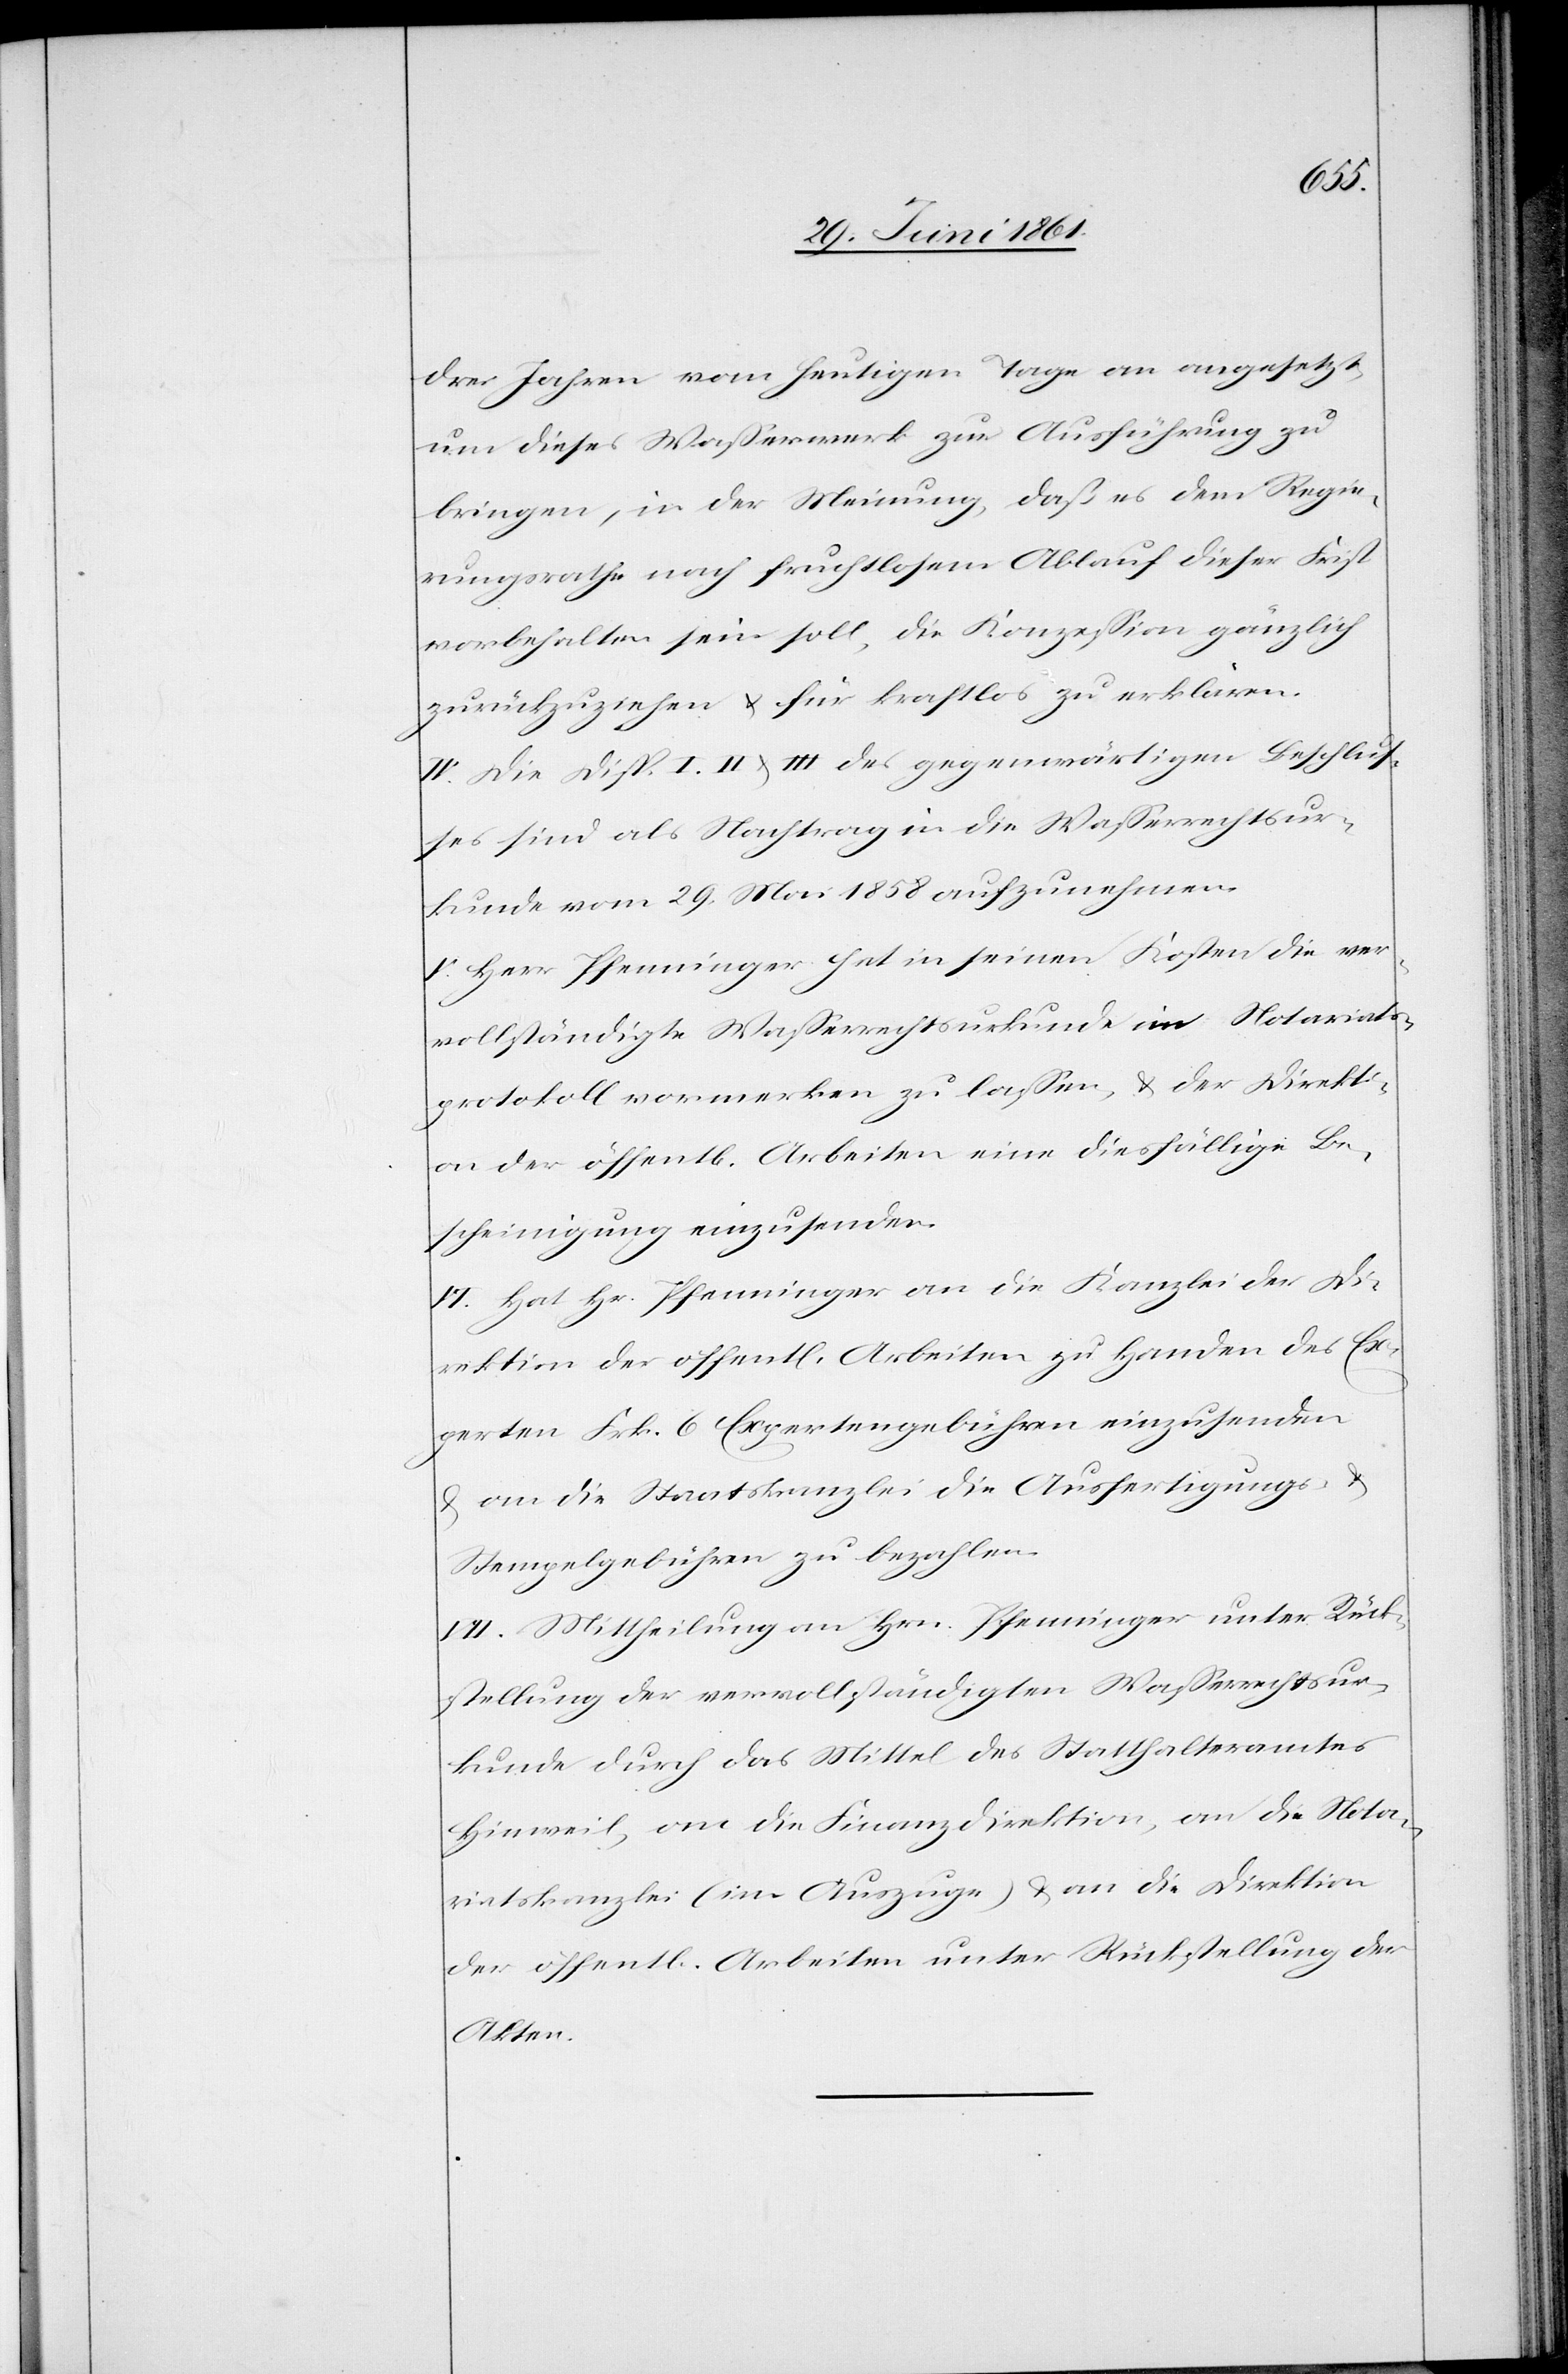
drei Jahren vom heutigen Tage an angesetzt,
um dieses Wasserwerk zur Ausführung zu
bringen, in der Meinung, daß es dem Regie¬
rungsrathe nach fruchtlosem Ablauf dieser Frist
vorbehalten sein soll, die Konzession gänzlich
zurückzuziehen u. für kraftlos zu erklären.
IV. Die Disp. I. II u. III des gegenwärtigen Beschlus¬
ses sind als Nachtrag in die Wasserrechtsur¬
kunde vom 29. Mai 1858 aufzunehmen.
V. Herr Pfenninger hat in seinen Kosten die ver¬
vollständigte Wasserrechtsurkunde im Notariats¬
protokoll vormerken zu lassen, u. der Direkti¬
on der öffent[lichen] Arbeiten eine diesfällige Be¬
scheinigung einzusenden.
VI. Hat Hr. Pfenninger an die Kanzlei der Di¬
rektion der öffent[lichen] Arbeiten zu Handen des Ex¬
perten Frk. 6 Expertengebühren einzusenden
u. an die Staatskanzlei die Ausfertigungs- u.
Stempelgebühren zu bezahlen.
VII. Mittheilung an Hrn. Pfenninger unter Rück¬
stellung der vervollständigten Wasserrechtsur¬
kunde durch das Mittel des Statthalteramtes
Hinweil, an die Finanzdirektion, an die Nota¬
riatskanzlei (im Auszuge) u. an die Direktion
der öffent[lichen] Arbeiten unter Rückstellung der
Akten.